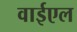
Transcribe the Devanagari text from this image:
वाईएल